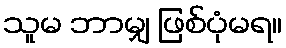
သူမ ဘာမျှ ဖြစ်ပုံမရ။